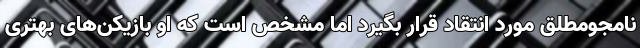
نامجومطلق مورد انتقاد قرار بگیرد اما مشخص است که او بازیکن‌های بهتری